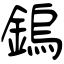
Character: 鎢